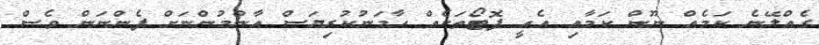
ގެއްލޭނެ ކަމެއް ނޫން ކަމާއި އެއީ ފޮޓޯތަކެއް ހާމަނުކުރިޔަސް އާންމުންނަށް ފެންނަން ވެސް